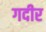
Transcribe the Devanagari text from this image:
गदीर